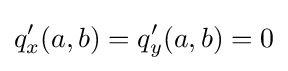
q'_{x}(a,b)=q'_{y}(a,b)=0